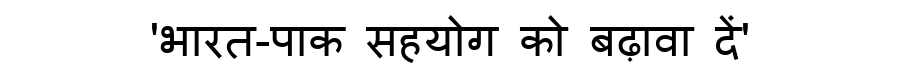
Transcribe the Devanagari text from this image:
'भारत-पाक सहयोग को बढ़ावा दें'